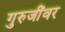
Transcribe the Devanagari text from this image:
गुरुजींवर